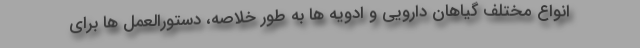
انواع مختلف گیاهان دارویی و ادویه ها به طور خلاصه، دستورالعمل ها برای